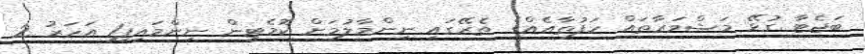
ބަޖެޓާ ގުޅޭ މަޝްވަރާތައް ހަފުތާއެއްގެ ތެރޭގައި ނިންމާލުމަށް ކޮމެޓީން ނިންމައިފި1 އަހަރު 2